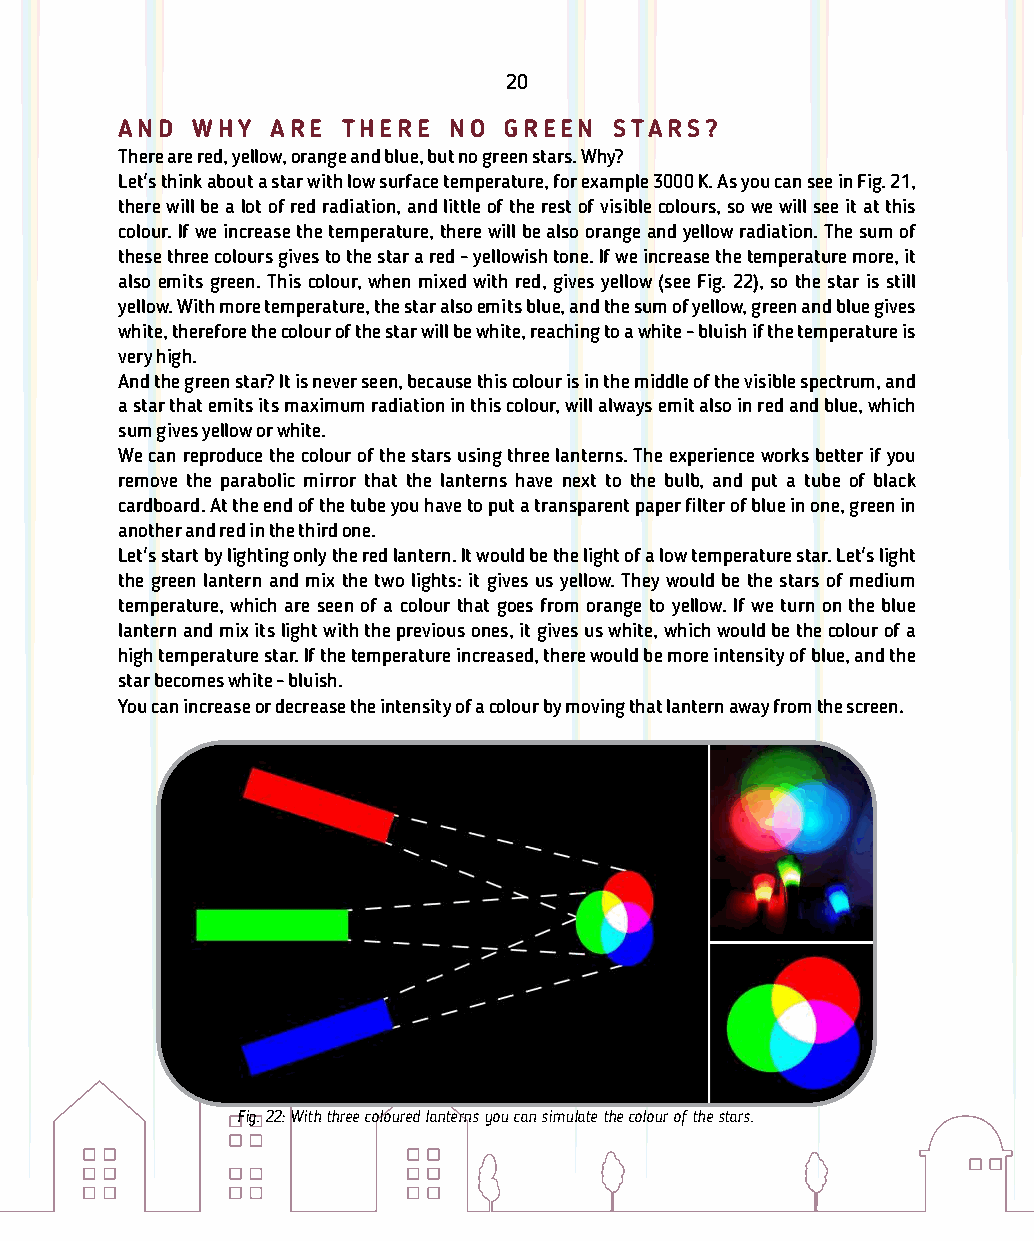
20
 A N D W H Y A R E T H E R E N O G R E E N S T A R S ?
 There are red, yellow, orange and blue, but no green stars. Why?
 Let's think about a star with low surface temperature, for example 3000 K. As you can see in Fig. 21,
 there will be a lot of red radiation, and little of the rest of visible colours, so we will see it at this
 colour. If we increase the temperature, there will be also orange and yellow radiation. The sum of
 these three colours gives to the star a red - yellowish tone. If we increase the temperature more, it
 also emits green. This colour, when mixed with red, gives yellow (see Fig. 22), so the star is still
 yellow. With more temperature, the star also emits blue, and the sum of yellow, green and blue gives
 white, therefore the colour of the star will be white, reaching to a white - bluish if the temperature is
 very high.
 And the green star? It is never seen, because this colour is in the middle of the visible spectrum, and
 a star that emits its maximum radiation in this colour, will always emit also in red and blue, which
 sum gives yellow or white.
 We can reproduce the colour of the stars using three lanterns. The experience works better if you
 remove the parabolic mirror that the lanterns have next to the bulb, and put a tube of black
 cardboard. At the end of the tube you have to put a transparent paper lter of blue in one, green in
 another and red in the third one.
 Let's start by lighting only the red lantern. It would be the light of a low temperature star. Let's light
 the green lantern and mix the two lights: it gives us yellow. They would be the stars of medium
 temperature, which are seen of a colour that goes from orange to yellow. If we turn on the blue
 lantern and mix its light with the previous ones, it gives us white, which would be the colour of a
 high temperature star. If the temperature increased, there would be more intensity of blue, and the
 star becomes white - bluish.
 You can increase or decrease the intensity of a colour by moving that lantern away from the screen.
 Fig. 22: With three coloured lanterns you can simulate the colour of the stars.